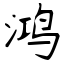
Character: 鸿